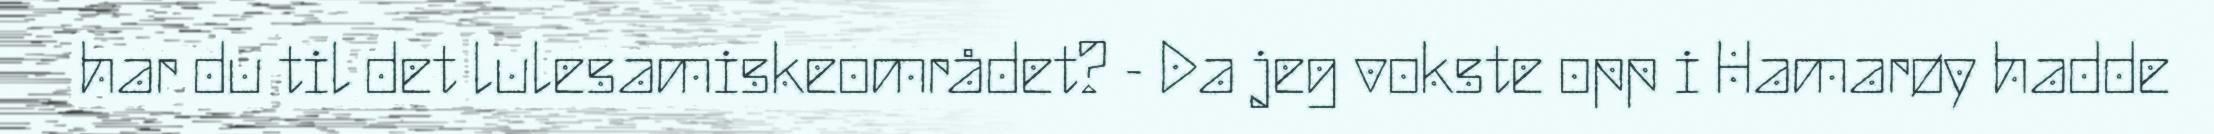
har du til det lulesamiskeområdet? - Da jeg vokste opp i Hamarøy hadde